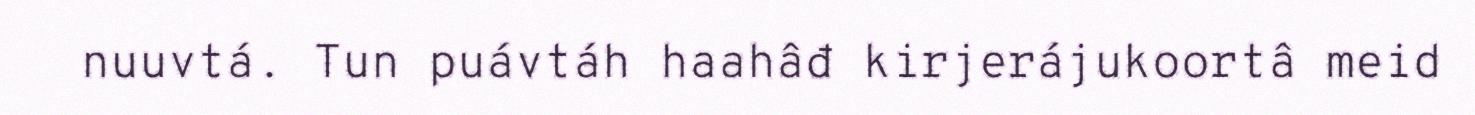
nuuvtá. Tun puávtáh haahâđ kirjerájukoortâ meid